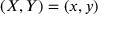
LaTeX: ( X , Y ) = ( x , y )